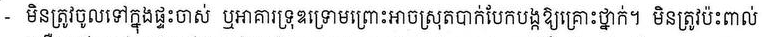
- មិនត្រូវចូលទៅក្នុងផ្ទះចាស់ ឬអាគារទ្រុឌទ្រោមព្រោះអាចស្រុតបាក់បែកបង្កឱ្យគ្រោះថ្នាក់។ មិនត្រូវប៉ះពាល់